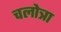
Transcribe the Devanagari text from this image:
चलोत्रा